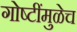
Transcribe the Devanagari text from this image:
गोष्टींमुळेच